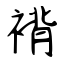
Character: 褙